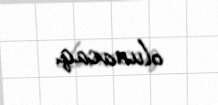
olunacaq.